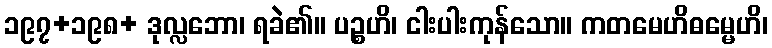
၁၉၇+၁၉၈+ ဒုလ္လဘော၊ ရခဲ၏။ ပဉ္စဟိ၊ ငါးပါးကုန်သော။ ကတမေဟိဓမ္မေဟိ၊